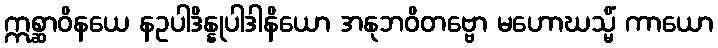
ဣစ္ဆာဝိနယေ နဥပါဒိန္နုပါဒါနိယော အနုဘဝိတဗ္ဗော မဟောဃသ္မိံ ကာယော